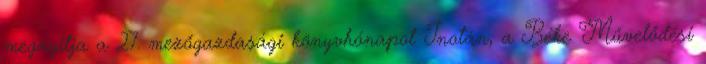
megnyitja a 27. mezőgazdasági könyvhónapot Inotán, a Béke Művelődési